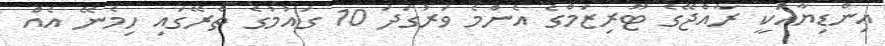
އިންޑިޔާއަކީ ރާއްޖޭގެ ޓޫރިޒަމްގެ އެންމެ ވަރުގަދަ 10 ގައުމުގެ ތެރޭގައި ހިމެނޭ އެއް